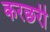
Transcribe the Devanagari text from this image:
करछरी